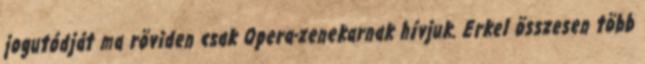
jogutódját ma röviden csak Opera-zenekarnak hívjuk. Erkel összesen több